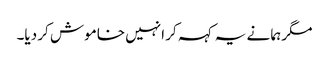
مگر ہما نے یہ کہہ کر انہیں خاموش کر دیا۔